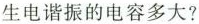
产生电谐振的电容多大?